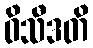
ဝိသီဒတိ